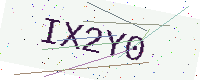
Text: IX2Y0